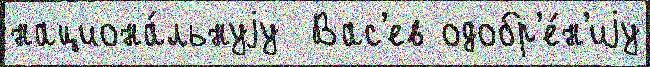
национа́льнуjу  Вас'ев одобр'е́н'иjу